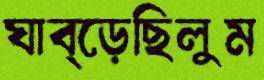
ঘাব্‌ড়েছিলুম